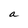
Character: a